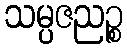
သမ္ပဇညဉ္စ